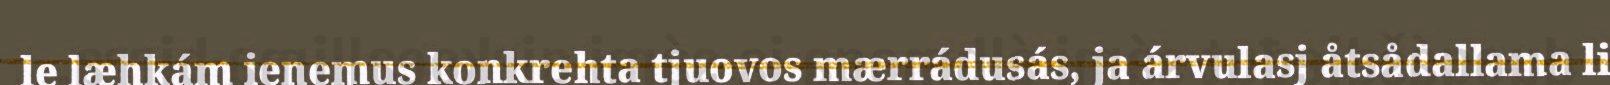
le læhkám ienemus konkrehta tjuovos mærrádusás, ja árvulasj åtsådallama li